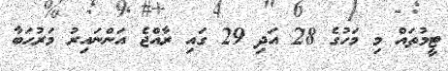
ޓީމުތައް މި މަހުގެ 28 އަދި 29 ގައި ރާއްޖެ އަންނައިރު މަރުހަބާ